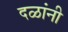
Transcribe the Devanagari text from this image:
दळांनी